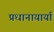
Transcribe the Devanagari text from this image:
प्रधानायार्या